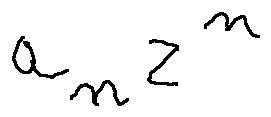
a _ { n } z ^ { n }